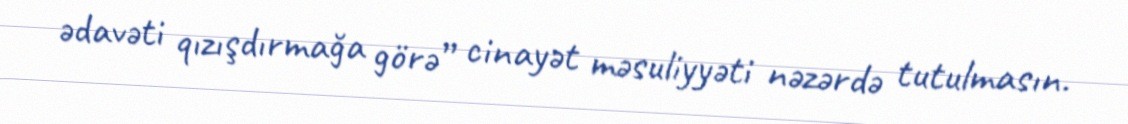
ədavəti qızışdırmağa görə” cinayət məsuliyyəti nəzərdə tutulmasın.